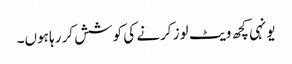
یونہی کچھ ویٹ لوز کرنے کی کوشش کر رہا ہوں۔